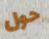
حول